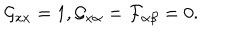
LaTeX: \mathcal { G } _ { x x } = 1 , \mathcal { G } _ { x \alpha } = \mathcal { F } _ { \alpha \beta } = 0 .